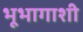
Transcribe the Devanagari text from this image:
भूभागाशी